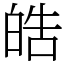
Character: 皓